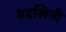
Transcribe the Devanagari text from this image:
प्रदशिनी